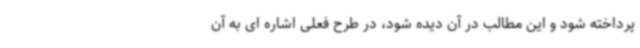
پرداخته شود و این مطالب در آن دیده شود، در طرح فعلی اشاره ای به آن